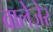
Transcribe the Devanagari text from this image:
वालेज़ेर